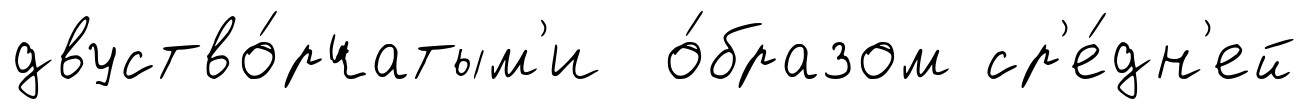
двуство́рчатым'и о́бразом ср'е́дн'ей